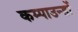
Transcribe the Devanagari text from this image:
कम्पाउन्डों